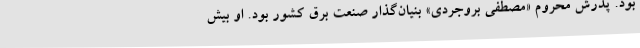
بود. پدرش محروم «مصطفی بروجردی» بنیان‌گذار صنعت برق کشور بود. او بیش